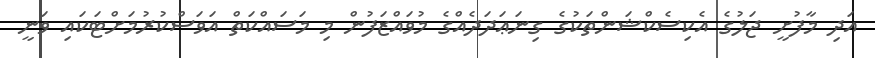
އަދި މާފުށީ ޖަލުގެ އެކިސެކްޝަންތަކުގެ ގިނަޢަދަދެއްގެ މުވައްޒަފުން މި މަސައްކަތް އަވަސްކުރުމަށްޓަކައި ވަނީ